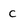
Character: c